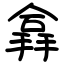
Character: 搻